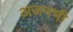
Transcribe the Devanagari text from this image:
अजनभी